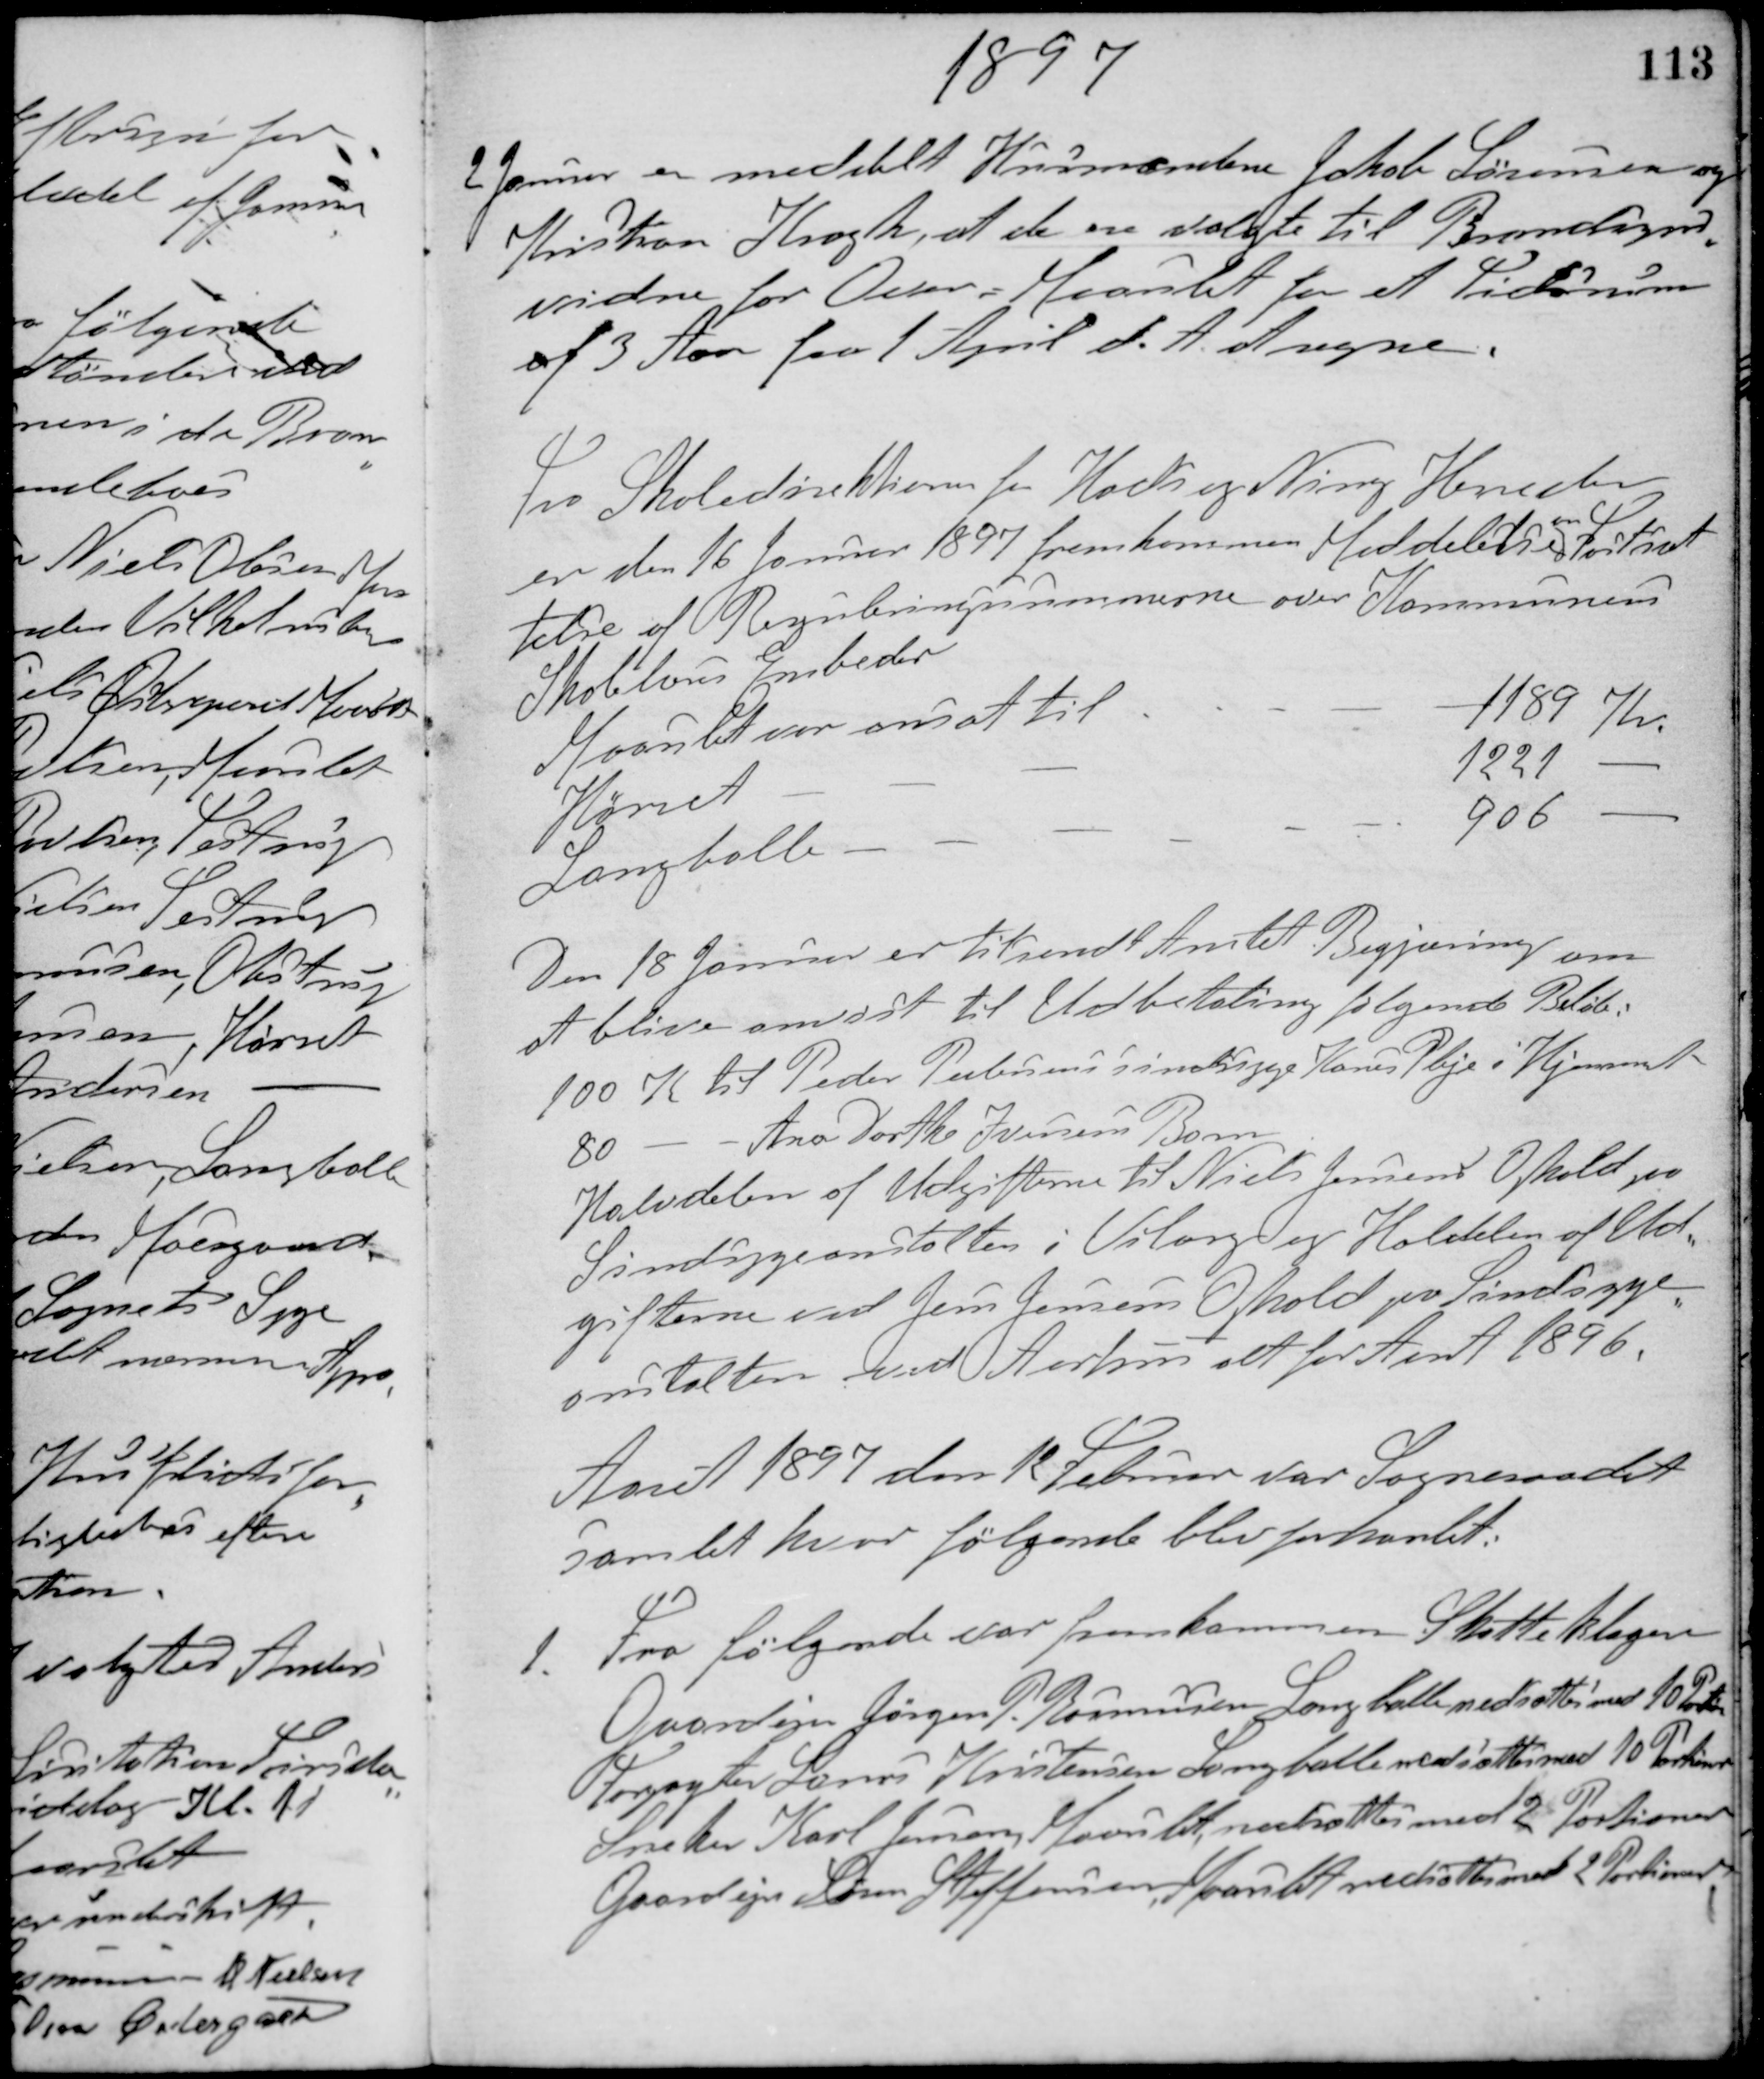
Transskription:
1897
2 Januar er meddelt Husmændene Jakob Sørensen og
Kristian Krogh, at de er valgte til Brandsyns-
vidne for Over-Maarslet for et Tidsrum
af 3 Aar fra 1 April d. A. at regne.
Fra Skoledirektøren for Hads og Ning Herreder
er den 16 Januar 1897 fremkommen Meddelelse
om
Fortsæt-
telse af Reguleringssummerne over Kommunens
Skolelæres Embeder
Moun til aar omsat til
1189 Kr.
Hørret
1221 -
Langballe
906 -
Den 18 Januar er tilsendt Amtet Begjæring om
at blive anvist til Udbetaling følgende Beløb:
100 K til Peder Petersens sindssyge Kones Pleje i Hjemmet
80 - - Ane Dorthe Iversens Barn
Halvdelen af Udgifterne til Niels Jensens Ophold paa
Sindsygeanstalten i Viborg og Halvdelen af Ud-
gifterne ved Jens Jensens Ophold paa Sindsyge-
anstalten ved Aarhus alt for Aaret 1896.
Aaret 1897 den 12 Februar var Sogneraadet
samlet hvor følgende blev forhandlet.
1. Fra følgende var fremkommen Skatteklager
Gaardejer Jørgen P. Rasmussen, Langballe nedsattes med 10 Portioner
Forpagter Laurs Kristensen Langballe nedsattes med 10 Portioner
Sneker Karl Jensen, Maarslet nedsattes med 2 Portioner
Gaardejer Søren Steffensen, Maarslet nedsattes med 2 Portioner